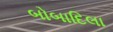
બોબાદિલા